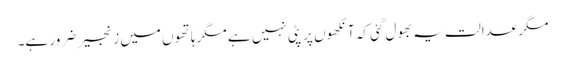
مگر عدالت یہ بھول گئی کہ آنکھوں پر پٹی نہیں ہے مگر ہاتھوں میں زنجیر ضرور ہے۔